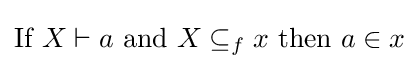
{\mbox{If }}X\vdash a{\mbox{ and }}X\subseteq _{f}x{\mbox{ then }}a\in x